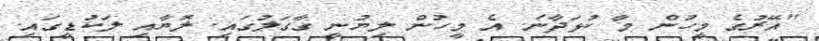
"އޭރުގެ މީހުން މާ ކުޅަދާނަ. އެ މީހުން ލިޔުނީ ގާގަލުގައި. ލޮޔާއި ލަކުޑީގައި.